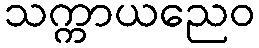
သက္ကာယညေဝ